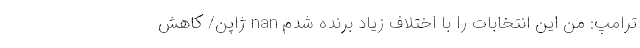
ترامپ: من این انتخابات را با اختلاف زیاد برنده شدم nan ژاپن/ کاهش